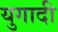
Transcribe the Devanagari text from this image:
युगादी